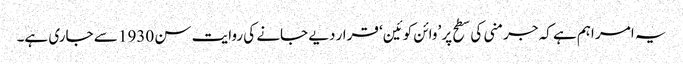
یہ امر اہم ہے کہ جرمنی کی سطح پر ’وائن کوئین‘ قرار دیے جانے کی روایت سن 1930 سے جاری ہے۔